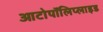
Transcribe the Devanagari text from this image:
आटोपॉलिप्लाइड